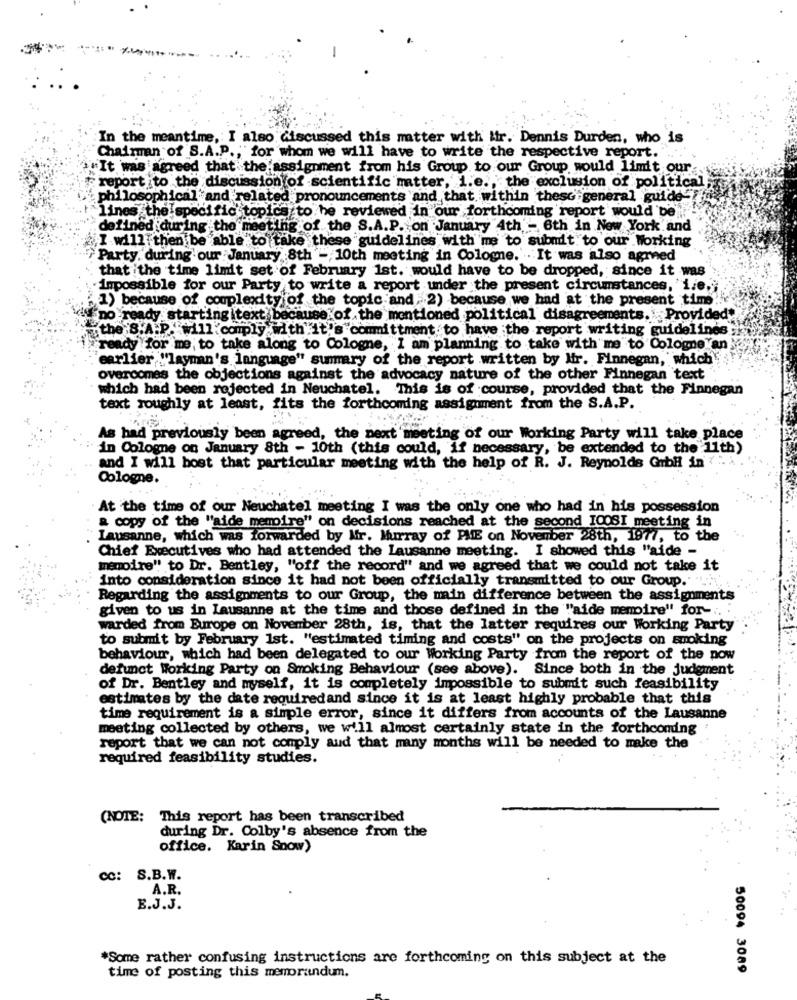
-
In the meantime, I also discussed this matter with ifr. Dennis Durden, who is
Chairman of S.A.D. , for whom we will have to write the respective report." ...
"It was agreed that the assignment from his Group to our Group would limit our
report to the discussion of scientific matter, i.e ., the exclusion of political
philosophical" and related pronouncements and that within thesc general guide"!
lines the specific topics to be reviewed in our forthcoming report would be'
defined during the meeting of the S.A.P. on January 4th - 6th in New York and
I will then be able to take these guidelines with me to submit to our Working
Party, during our January 8th , 10th meeting in Cologne. . It was also agmed
that the time limit set of February 1st. would have to be dropped, since it was
impossible for our Party to write a report under the present circumstances, i.e .;
1) because of complexity of the topic and 2) because we had at the present time !!
no ready starting itext because of the mentioned political disagreements. Provided"
e.S.A.P. will.comply with"it's committment to have the report writing guidelines
ready for me, to take along to Cologne, I am planning to take with me to Cologne an
earlier "layman's language" summary of the report written by Mr. Finnegan, which
overcomes the objections against the advocacy nature of the other Finnegan text
which had been rejected in Neuchatel. This is of course, provided that the Finnegan
text roughly at least, fits the forthcoming assignment from the S.A.P.
As had previously been agreed, the next meeting of our Working Party will take place
in Cologne on January 8th - 10th (this could, if necessary, be extended to the 11th)
and I will host that particular meeting with the help of R. J. Reynolds GrbH in ? ".
Cologne.
At the time of our Neuchatel meeting I was the only one who had in his possession
a copy of the "aide mempire" on decisions reached at the second ICOSI meeting in
Lausanne, which was forwarded by Mr. Murray of PME on November 28th, 1977, to the
Chief Executives who had attended the Lausanne meeting. I showed this "aide -
memoire" to Dr. Bentley, "off the record" and we agreed that we could not take it
into consideration since it had not been officially transmitted to our Group. "
Regarding the assignments to our Group, the main difference between the assignments
given to us in Lausanne at the time and those defined in the "aide mempire" for -. :
warded from Europe on November 28th, is, that the latter requires our Working Party
to submit by February 1st. "estimated timing and costs" on the projects on smoking
behaviour, which had been delegated to our Working Party from the report of the pow
defunct Working Party on Smoking Behaviour (see above). Since both in the judgment
of Dr. Bentley and myself, it is completely impossible to submit such feasibility
estimates by the date requiredand since it is at least highly probable that this
time requirement is a simple error, since it differs from accounts of the Lausanne
meeting collected by others, we will almost certainly state in the forthcoming
report that we can not comply aud that many months will be needed to make the
required feasibility studies.
(NOTE: This report has been transcribed
during Dr. Colby's absence from the
office. Karin Snow)
Cc: S.B.W.
A.R.
E.J.J.
*Some rather confusing instructions are forthcoming on this subject at the
50094 3089
time of posting this memorandum.